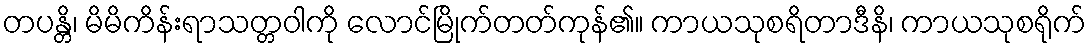
တပန္တိ၊ မိမိကိန်းရာသတ္တဝါကို လောင်မြိုက်တတ်ကုန်၏။ ကာယသုစရိတာဒီနိ၊ ကာယသုစရိုက်